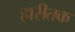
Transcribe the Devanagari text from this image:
हारीतक